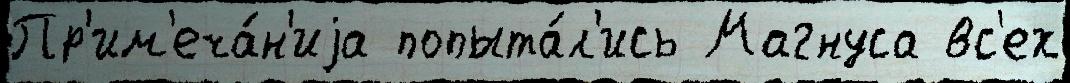
Пр'им'еча́н'иjа попыта́л'ись Магнуса вс'ех